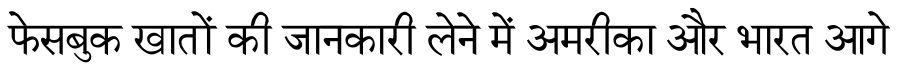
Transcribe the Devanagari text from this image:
फेसबुक खातों की जानकारी लेने में अमरीका और भारत आगे